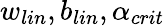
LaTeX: w_{lin},b_{lin},\alpha_{crit}